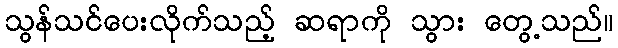
သွန်သင်ပေးလိုက်သည့် ဆရာကို သွား တွေ့သည်။